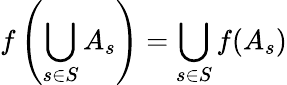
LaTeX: f\left(\bigcup_{s\in S}A_{s}\right)=\bigcup_{s\in S}f(A_{s})